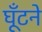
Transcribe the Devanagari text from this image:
घूँटने